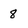
Character: 8